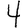
Digit: 4